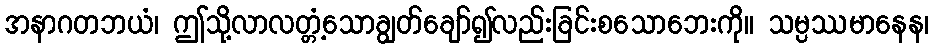
အနာဂတဘယံ၊ ဤသို့လာလတ္တံ့သောချွတ်ချော်၍လည်းခြင်းစသောဘေးကို။ သမ္ပဿမာနေန၊